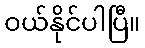
ဝယ်နိုင်ပါပြီ။